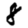
Digit: 8